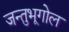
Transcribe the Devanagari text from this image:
जन्तुभूगोल